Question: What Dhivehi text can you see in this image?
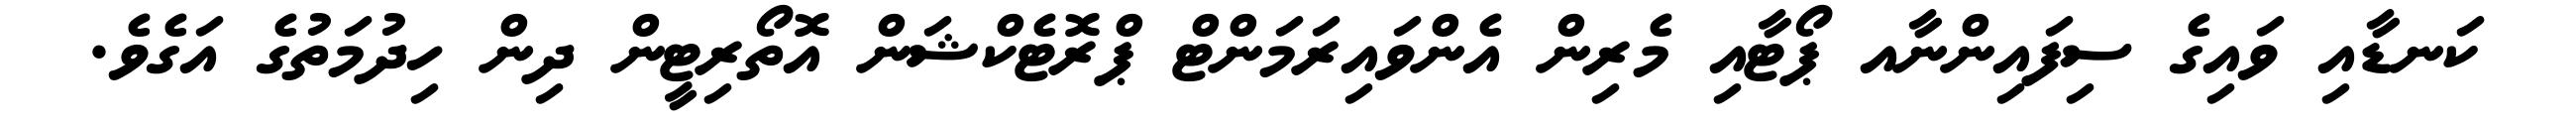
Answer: ކަނޑާއި ވައިގެ ސިފައިންނާއ ޕޯޓާއި މެރިން އެންވައިރަމަންޓް ޕްރޮޓެކްޝަން އޮތޯރިޓީން ދިން ހިދުމަތުގެ އަގެވެ.